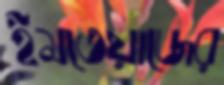
ইমতেয়াজের